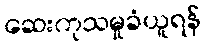
ဆေးကုသမှုခံယူရန်